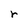
Character: r